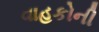
વાહકોની